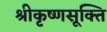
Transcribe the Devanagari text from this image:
श्रीकृष्णसूक्ति